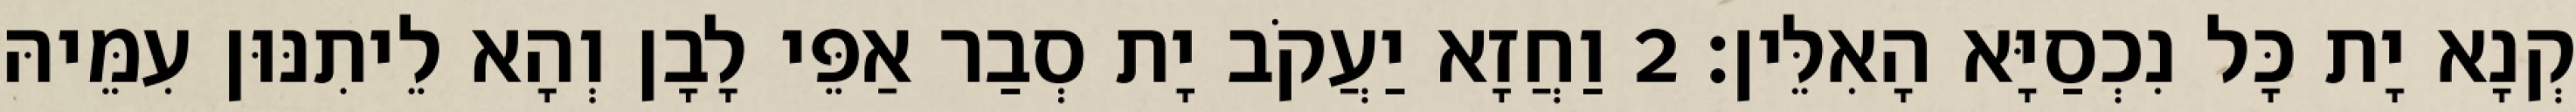
קְנָא יָת כָּל נִכְסַיָּא הָאִלֵּין׃ 2 וַחֲזָא יַעֲקֹב יָת סְבַר אַפֵּי לָבָן וְהָא לֵיתִנּוּן עִמֵּיהּ